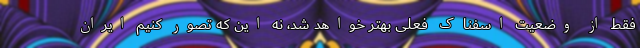
فقط از وضعیت اسفناک فعلی بهتر خواهد شد، نه این که تصور کنیم ایران